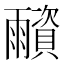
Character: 𩆂